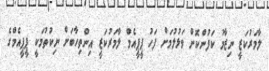
ލާމަރުކަޒީ ނިޒާމު ކަފުންކޮށް ވަޅުލުމަށް ފަހު ޕީޕީއެމް ލާމަރުކަޒީ އިންތިހާބަށް ނިކުތުމަކީ ޕީޕީއެމްގެ